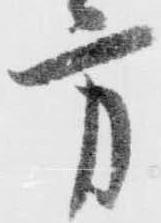
方